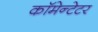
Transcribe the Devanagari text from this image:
कॉमेन्टेटर